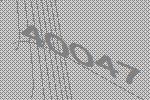
40047